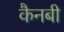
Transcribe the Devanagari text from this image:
कैनबी